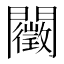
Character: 𨷣